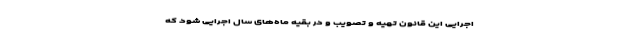
اجرایی این قانون تهیه و تصویب و در بقیه ماه‌های سال اجرایی شود که